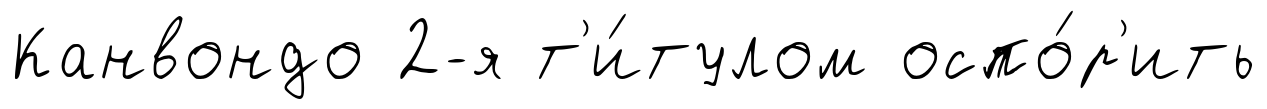
Канвондо 2-я т'и́тулом оспо́р'ить